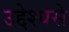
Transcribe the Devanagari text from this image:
उद्देश्‍यसे